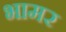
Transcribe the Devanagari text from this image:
भामर